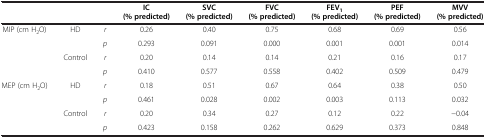
<table><thead><tr><td><b> </b></td><td colspan="2"><b> </b></td><td><b>IC (% predicted)</b></td><td><b>SVC (% predicted)</b></td><td><b>FVC (% predicted)</b></td><td><b>FEV<sub>1</sub>(% predicted)</b></td><td><b>PEF (% predicted)</b></td><td><b>MVV (% predicted)</b></td></tr></thead><tbody><tr><td rowspan="4">MIP (cm H<sub>2</sub>O)</td><td rowspan="2">HD</td><td><i>r</i></td><td>0.26</td><td>0.40</td><td>0.75</td><td>0.68</td><td>0.69</td><td>0.56</td></tr><tr><td><i>p</i></td><td>0.293</td><td>0.091</td><td>0.000</td><td>0.001</td><td>0.001</td><td>0.014</td></tr><tr><td rowspan="2">Control</td><td><i>r</i></td><td>0.20</td><td>0.14</td><td>0.14</td><td>0.21</td><td>0.16</td><td>0.17</td></tr><tr><td><i>p</i></td><td>0.410</td><td>0.577</td><td>0.558</td><td>0.402</td><td>0.509</td><td>0.479</td></tr><tr><td rowspan="3">MEP (cm H<sub>2</sub>O)</td><td rowspan="2">HD</td><td><i>r</i></td><td>0.18</td><td>0.51</td><td>0.67</td><td>0.64</td><td>0.38</td><td>0.50</td></tr><tr><td><i>p</i></td><td>0.461</td><td>0.028</td><td>0.002</td><td>0.003</td><td>0.113</td><td>0.032</td></tr><tr><td>Control</td><td><i>r</i></td><td>0.20</td><td>0.34</td><td>0.27</td><td>0.12</td><td>0.22</td><td>-0.04</td></tr><tr><td> </td><td> </td><td><i>p</i></td><td>0.423</td><td>0.158</td><td>0.262</td><td>0.629</td><td>0.373</td><td>0.848</td></tr></tbody></table>